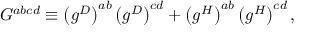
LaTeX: G ^ { a b c d } \equiv \left( g ^ { D } \right) ^ { a b } \left( g ^ { D } \right) ^ { c d } + \left( g ^ { H } \right) ^ { a b } \left( g ^ { H } \right) ^ { c d } ,